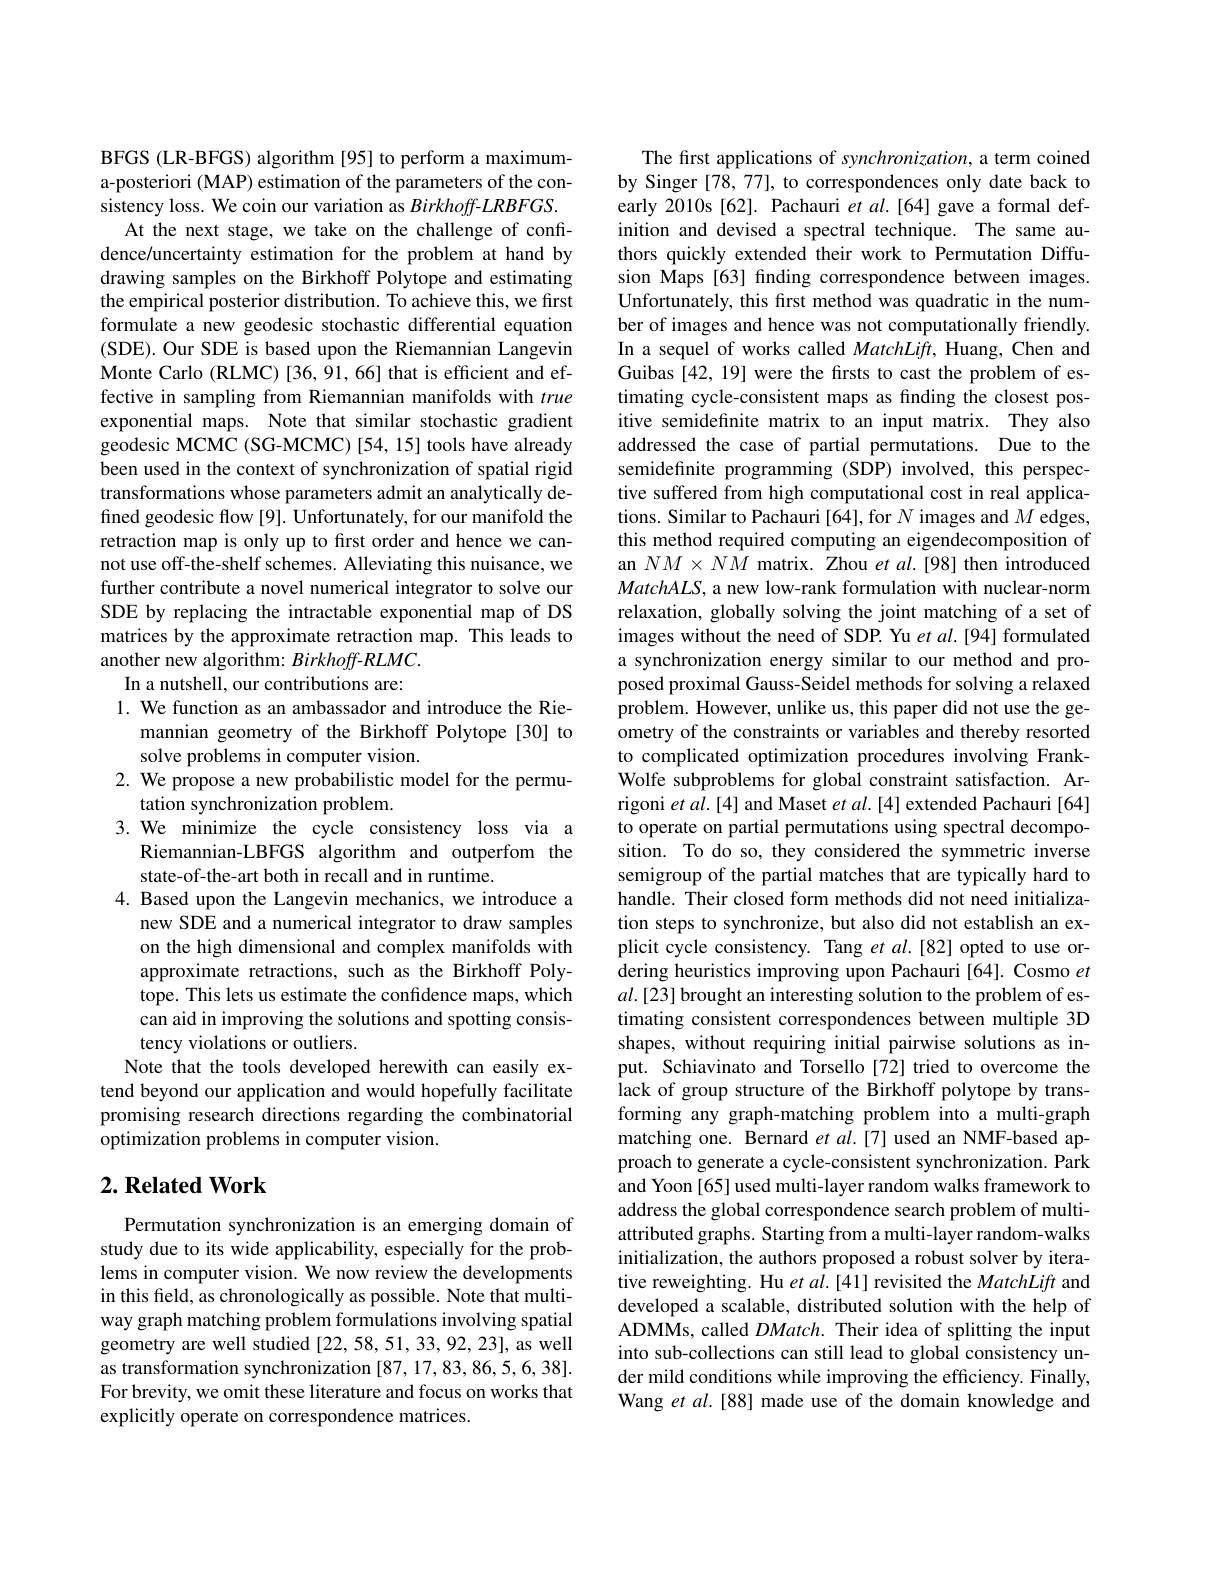
BFGS (LR-BFGS) algorithm [95] to perform a maximuma-posteriori (MAP) estimation of the parameters of the consistency loss. We coin our variation as Birkhoff-LRBFGS.
At the next stage, we take on the challenge of confidence/uncertainty estimation for the problem at hand by drawing samples on the Birkhoff Polytope and estimating the empirical posterior distribution. To achieve this, we first formulate a new geodesic stochastic differential equation (SDE). Our SDE is based upon the Riemannian Langevin Monte Carlo (RLMC) [36, 91, 66] that is efficient and effective in sampling from Riemannian manifolds with true exponential maps. Note that similar stochastic gradient geodesic MCMC (SG-MCMC) [54, 15] tools have already been used in the context of synchronization of spatial rigid transformations whose parameters admit an analytically defined geodesic flow [9]. Unfortunately, for our manifold the retraction map is only up to first order and hence we cannot use off-the-shelf schemes. Alleviating this nuisance, we further contribute a novel numerical integrator to solve our SDE by replacing the intractable exponential map of DS matrices by the approximate retraction map. This leads to another new algorithm: Birkhoff-RLMC.
In a nutshell, our contributions are:

1. We function as an ambassador and introduce the Rie-
mannian geometry of the Birkhoff Polytope [30] to
solve problems in computer vision.
2. We propose a new probabilistic model for the permu-
tation synchronization problem.
3. We minimize the cycle consistency loss via a
Riemannian-LBFGS algorithm and outperfom the
state-of-the-art both in recall and in runtime.
4. Based upon the Langevin mechanics, we introduce a
new SDE and a numerical integrator to draw samples on the high dimensional and complex manifolds with approximate retractions, such as the Birkhoff Polytope. This lets us estimate the confidence maps, which can aid in improving the solutions and spotting consistency violations or outliers.
Note that the tools developed herewith can easily extend beyond our application and would hopefully facilitate promising research directions regarding the combinatorial optimization problems in computer vision.

## $2. \textbf{ Related Work}$

Permutation synchronization is an emerging domain of study due to its wide applicability, especially for the problems in computer vision. We now review the developments in this field, as chronologically as possible. Note that multiway graph matching problem formulations involving spatial geometry are well studied [22,58,51,33,92,23], as well as transformation synchronization [87,17,83,86,5,6,38]. For brevity, we omit these literature and focus on works that explicitly operate on correspondence matrices.

The first applications of synchronization, a term coined by Singer [78,77], to correspondences only date back to early 2010s [62]. Pachauri et al.[64] gave a formal definition and devised a spectral technique. The same authors quickly extended their work to Permutation Diffusion Maps [63] finding correspondence between images. Unfortunately, this first method was quadratic in the number of images and hence was not computationally friendly. In a sequel of works called MatchLift, Huang, Chen and Guibas [42, 19] were the firsts to cast the problem of estimating cycle-consistent maps as finding the closest positive semidefinite matrix to an input matrix. They also addressed the case of partial permutations. Due to the semidefinite programming (SDP) involved, this perspective suffered from high computational cost in real applications. Similar to Pachauri [64], for $N$ images and $M$ edges, this method required computing an eigendecomposition of an $NM\times NM$ matrix. Zhou et al.[98] then introduced $MatchALS$, a new low-rank formulation with nuclear-norm relaxation, globally solving the joint matching of a set of images without the need of SDP. Yu et al.[94] formulated a synchronization energy similar to our method and proposed proximal Gauss-Seidel methods for solving a relaxed problem. However, unlike us, this paper did not use the geometry of the constraints or variables and thereby resorted to complicated optimization procedures involving FrankWolfe subproblems for global constraint satisfaction. Arrigoni et al.[4] and Maset $et$ al.[4] extended Pachauri [64] to operate on partial permutations using spectral decomposition. To do so, they considered the symmetric inverse semigroup of the partial matches that are typically hard to handle. Their closed form methods did not need initialization steps to synchronize, but also did not establish an explicit cycle consistency. Tang $etal.[82]$ opted to use ordering heuristics improving upon Pachauri [64]. Cosmo $et$ $al.[23]$ brought an interesting solution to the problem of estimating consistent correspondences between multiple 3D shapes, without requiring initial pairwise solutions as input. Schiavinato and Torsello[72] tried to overcome the lack of group structure of the Birkhoff polytope by transforming any graph-matching problem into a multi-graph matching one. Bernard $etal.[7]$ used an NMF-based approach to generate a cycle-consistent synchronization. Park and Yoon [65] used multi-layer random walks framework to address the global correspondence search problem of multiattributed graphs. Starting from a multi-layer random-walks initialization, the authors proposed a robust solver by iterative reweighting. Hu $etal.[41]$ revisited the MatchLift and developed a scalable, distributed solution with the help of ADMMs, called $DMatch.$ Their idea of splitting the input into sub-collections can still lead to global consistency under mild conditions while improving the efficiency. Finally, Wang $etal.[88]$ made use of the domain knowledge and